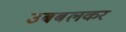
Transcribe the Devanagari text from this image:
उबबलकर